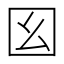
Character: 𡆩